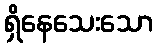
ရှိနေသေးသော